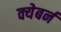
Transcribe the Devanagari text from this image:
क्येबर्न